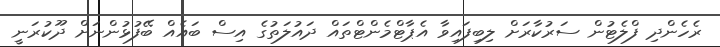
ރެހެންދި ފްލެޓުން ސަރުކާރަށް ލިބިފައިވާ އެޕާޓްމެންޓްތައް ދައުލަތުގެ އިސް ބައެއް ބޭފުޅުންނަށް ދޫކުރަނީ